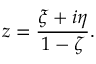
z = { \frac { \xi + i \eta } { 1 - \zeta } } .